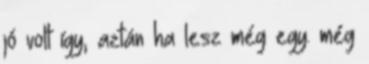
jó volt így, aztán ha lesz még egy. még